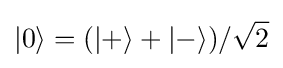
|0\rangle =(|+\rangle +|-\rangle )/{\sqrt {2}}